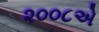
૨૦૦૮એ